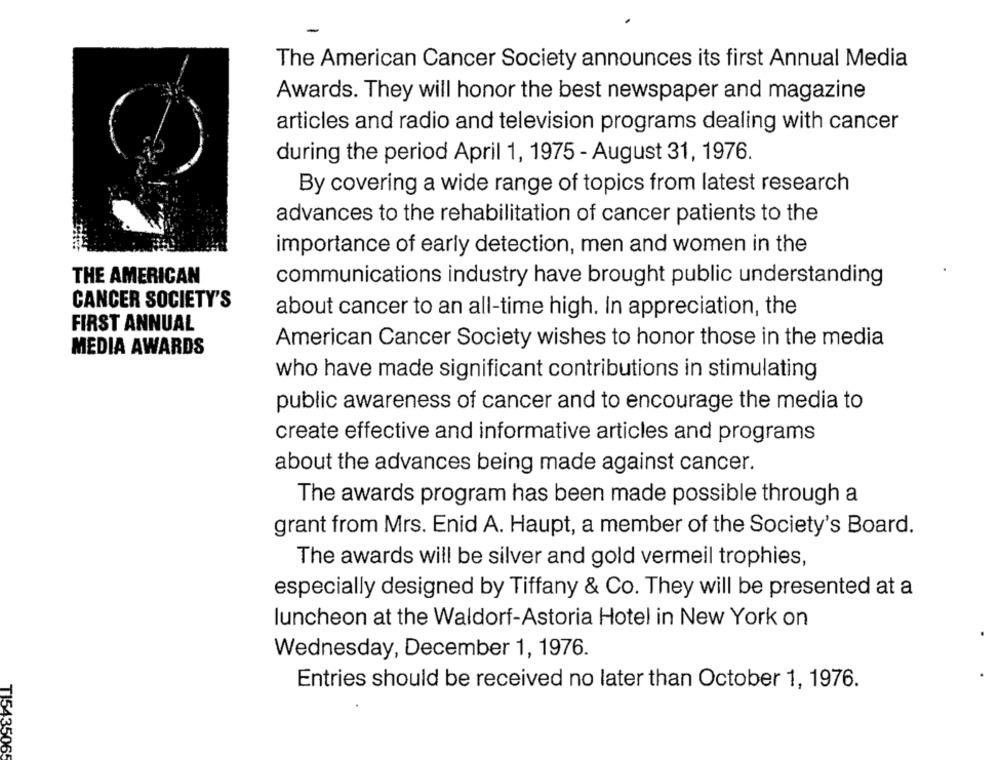
The American Cancer Society announces its first Annual Media
Awards. They will honor the best newspaper and magazine
articles and radio and television programs dealing with cancer
during the period April 1, 1975 - August 31, 1976.
By covering a wide range of topics from latest research
advances to the rehabilitation of cancer patients to the
importance of early detection, men and women in the
THE AMERICAN
communications industry have brought public understanding
CANCER SOCIETY'S
about cancer to an all-time high. In appreciation, the
FIRST ANNUAL
American Cancer Society wishes to honor those in the media
MEDIA AWARDS
who have made significant contributions in stimulating
public awareness of cancer and to encourage the media to
create effective and informative articles and programs
about the advances being made against cancer.
The awards program has been made possible through a
grant from Mrs. Enid A. Haupt, a member of the Society's Board.
The awards will be silver and gold vermeil trophies,
especially designed by Tiffany & Co. They will be presented at a
luncheon at the Waldorf-Astoria Hotel in New York on
Wednesday, December 1, 1976.
Entries should be received no later than October 1, 1976.
T154350